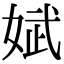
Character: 娬